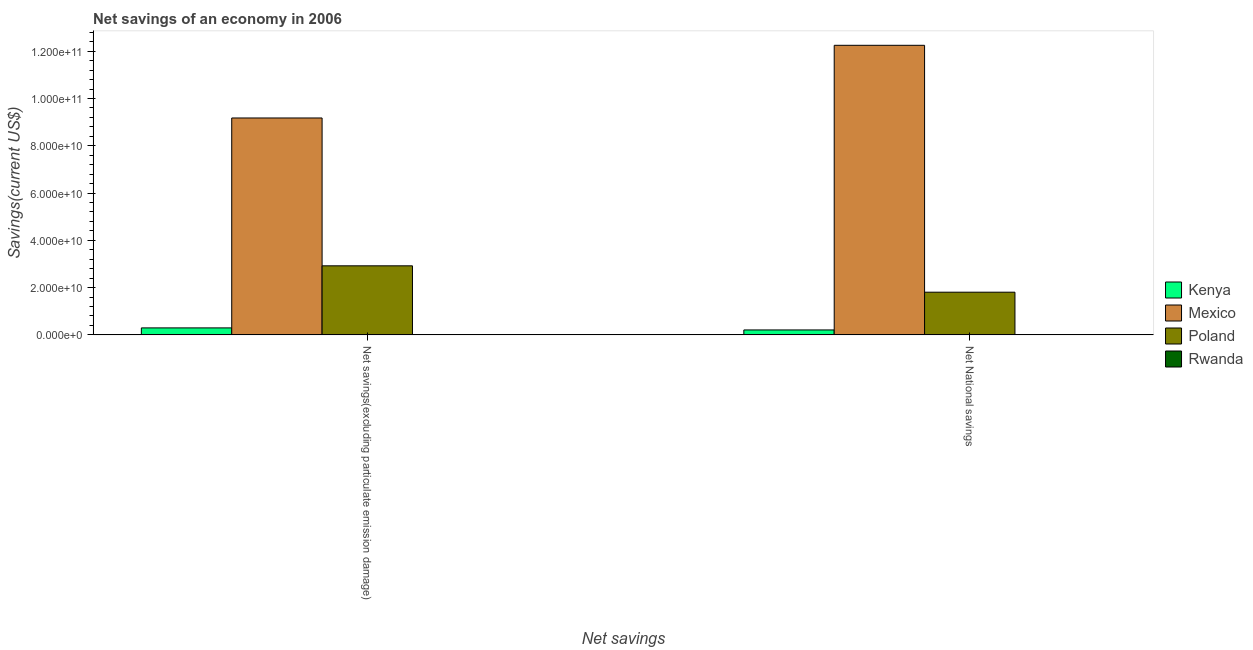
| Net savings | Kenya | Mexico | Poland | Rwanda |
 | --- | --- | --- | --- | --- |
 | Net savings(excluding particulate emission damage) | 2.96e+09 | 9.18e+10 | 2.92e+10 | 5.25e+07 |
 | Net National savings | 2.09e+09 | 1.23e+11 | 1.81e+10 | 9.64e+07 |